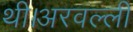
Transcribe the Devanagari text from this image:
थी।अरवल्ली